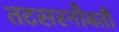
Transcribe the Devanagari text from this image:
तटसरनौबती